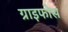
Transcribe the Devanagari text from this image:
ग्राइफोस